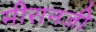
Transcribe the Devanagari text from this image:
मीरानजी